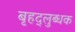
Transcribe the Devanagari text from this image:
बृहद्‌लुब्धक